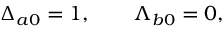
\Delta _ { a 0 } = 1 , \qquad \Lambda _ { b 0 } = 0 ,